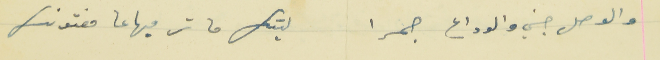
والوصل جني والوداع جمرا                                  ليتك ما ترميها عا مفتونك